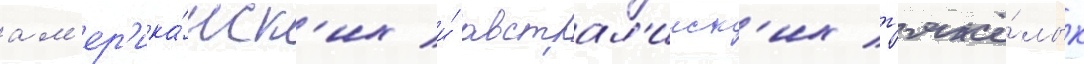
ам'ер'ика́нск'их и́ австрал'ииск'их т'яжё́лых